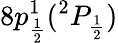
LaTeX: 8p_{\frac{1}{2}}^{1}(^{2}P_{\frac{1}{2}})